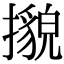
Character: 𢷕